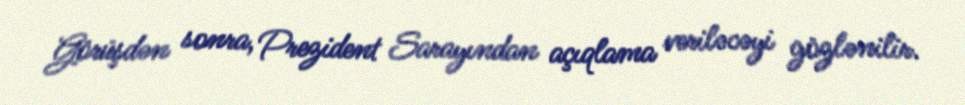
Görüşdən sonra, Prezident Sarayından açıqlama veriləcəyi gözlənilir.